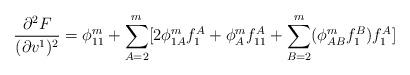
LaTeX: \begin{align*}\frac{\partial ^2F}{(\partial v^1)^2}=\phi _{11}^m+\sum\limits_{A=2}^m[2\phi_{1A}^mf_1^A+\phi _A^mf_{11}^A+\sum\limits_{B=2}^m(\phi _{AB}^mf_1^B)f_1^A]\end{align*}